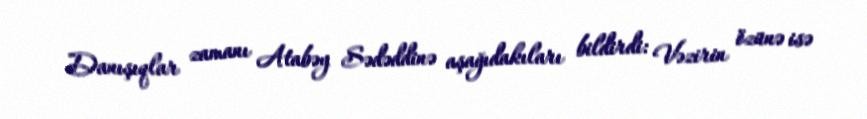
Danışıqlar zamanı Atabəy Sədəddinə aşağıdakıları bildirdi: Vəzirin özünə isə